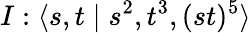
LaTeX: I:\langle s,t\mid s^{2},t^{3},(st)^{5}\rangle